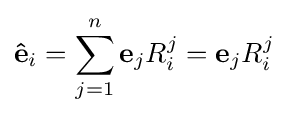
\mathbf {\hat {e}} _{i}=\sum _{j=1}^{n}\mathbf {e} _{j}R_{i}^{j}=\mathbf {e} _{j}R_{i}^{j}